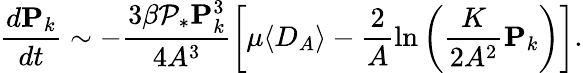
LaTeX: \frac{d\mathbf{P}_{k}}{dt}\sim-\frac{3\beta\mathcal{P}_{*}\mathbf{P}_{k}^{3}}{4A^{3}}\left[\mu\langle D_{A}\rangle-\frac{2}{A}\ln\left(\frac{K}{2A^{2}}\mathbf{P}_{k}\right)\right].